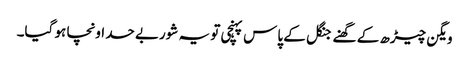
ویگن چیڑھ کے گھنے جنگل کے پاس پہنچی تو یہ شوربے حد اونچا ہو گیا۔